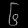
Digit: ၆